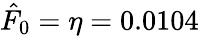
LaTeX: \hat{F}_{0}=\eta=0.0104